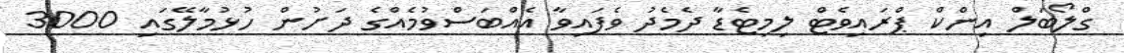
ގްލޯބަލް އިންކް ޕްރައިވެޓް ލިމިޓެޑާ ދެމެދު ވެފައިވާ އެއްބަސްވުމެއްގެ ދަށުން ހުޅުމާލޭގައި 3000